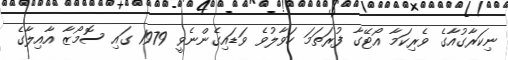
ނިކަރާގުއާގެ ވެރިކަމާ އޯޓޭގާ ފުރަތަމަ ހަވާލުވެ ވަޑައިގެންނެވީ 1979 ގައި ސޮމޯޒާ އާއިލާގެ